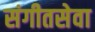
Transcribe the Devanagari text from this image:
संगीतसेवा